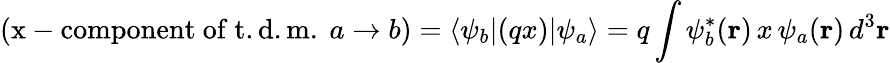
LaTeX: ({\mathrm{x-component~of~t.d.m.~}}a\rightarrow b)=\langle\psi_{b}|(qx)|\psi_{a}\rangle=q\int\psi_{b}^{*}(\mathbf{r})\, x\, \psi_{a}(\mathbf{r})\, d^{3}\mathbf{r}